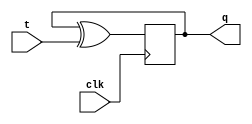
module t_flip_flop (
  input wire clk,
  input wire t,
  output reg q
);

reg d;
always @(*) begin
  d = q ^ t; // XOR operation to toggle the output
end

always @(posedge clk) begin
  q <= d;
end

endmodule